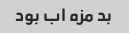
بد مزه اب بود